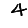
Digit: 4